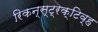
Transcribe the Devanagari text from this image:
रिकन्स्ट्रक्टिव्ह